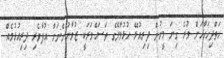
ހަތްދިހަހާހަށް ވުރެ ގިނަ މީހުން ދިރިއުޅޭ ހުޅުމާލޭގެ ތަސައްވަރަކީ ޒުވާނުންނަށް އުފާވެރި ދިރިއުޅުމެއް